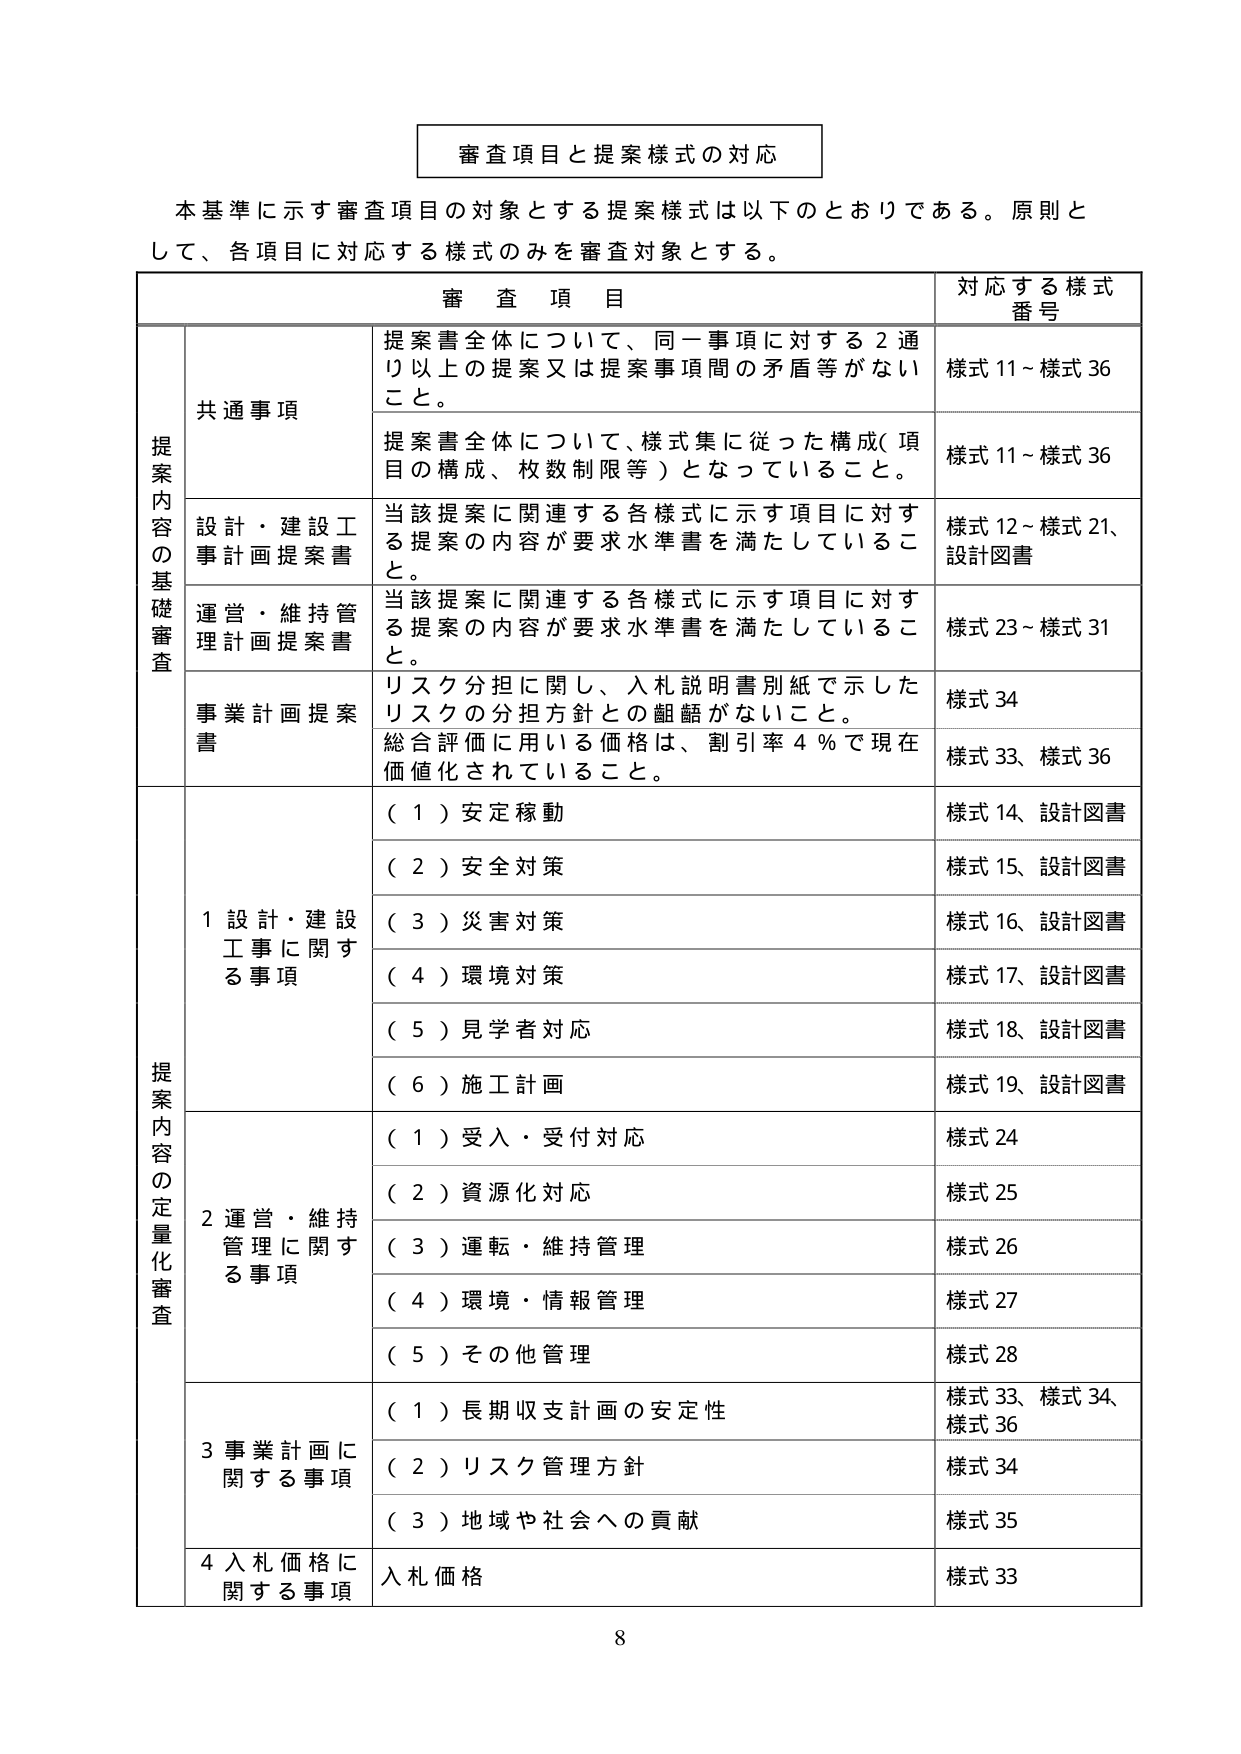
審査項目と提案様式の対応

本基準に示す審査項目の対象とする提案様式は以下のとおりである。原則として、各項目に対応する様式のみを審査対象とする。

審査項目 対応する様式番号

提案内容の基礎審査

共通事項
提案書全体について、同一事項に対する2通り以上の提案又は提案事項間の矛盾等がないこと。
様式11～様式36

提案書全体について、様式集に従った構成（項目の構成、枚数制限等）となっていること。
様式11～様式36

設計・建設工事計画提案書
当該提案に関連する各様式に示す項目に対する提案の内容が要求水準書を満たしていること。
様式12～様式21、設計図書

運営・維持管理計画提案書
当該提案に関連する各様式に示す項目に対する提案の内容が要求水準書を満たしていること。
様式23～様式31

事業計画提案書
リスク分担に関し、入札説明書別紙で示したリスクの分担方針との齟齬がないこと。
様式34

総合評価に用いる価格は、割引率4％で現在価値化されていること。
様式33、様式36

提案内容の定量化審査

1 設計・建設工事に関する事項
（1）安定稼動
様式14、設計図書

（2）安全対策
様式15、設計図書

（3）災害対策
様式16、設計図書

（4）環境対策
様式17、設計図書

（5）見学者対応
様式18、設計図書

（6）施工計画
様式19、設計図書

2 運営・維持管理に関する事項
（1）受入・受付対応
様式24

（2）資源化対応
様式25

（3）運転・維持管理
様式26

（4）環境・情報管理
様式27

（5）その他管理
様式28

3 事業計画に関する事項
（1）長期収支計画の安定性
様式33、様式34、様式36

（2）リスク管理方針
様式34

（3）地域や社会への貢献
様式35

4 入札価格に関する事項
入札価格
様式33

8